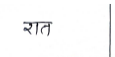
मजकूर: रात